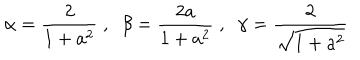
\alpha = \frac 2 { 1 + a ^ { 2 } } \; , \; \; \beta = \frac { 2 a } { 1 + a ^ { 2 } } \; , \; \; \gamma = \frac { 2 } { \sqrt { 1 + a ^ { 2 } } }